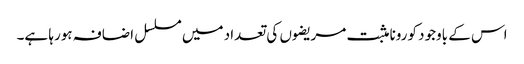
اس کے باوجود کورونا مثبت مریضوں کی تعداد میں مسلسل اضافہ ہورہا ہے۔